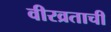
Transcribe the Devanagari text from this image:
वीरव्रताची